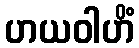
ဟယဝါဟိံ